Madras plague regulations in force outside the Presidency town - Volume 1
Disease focus: Plague
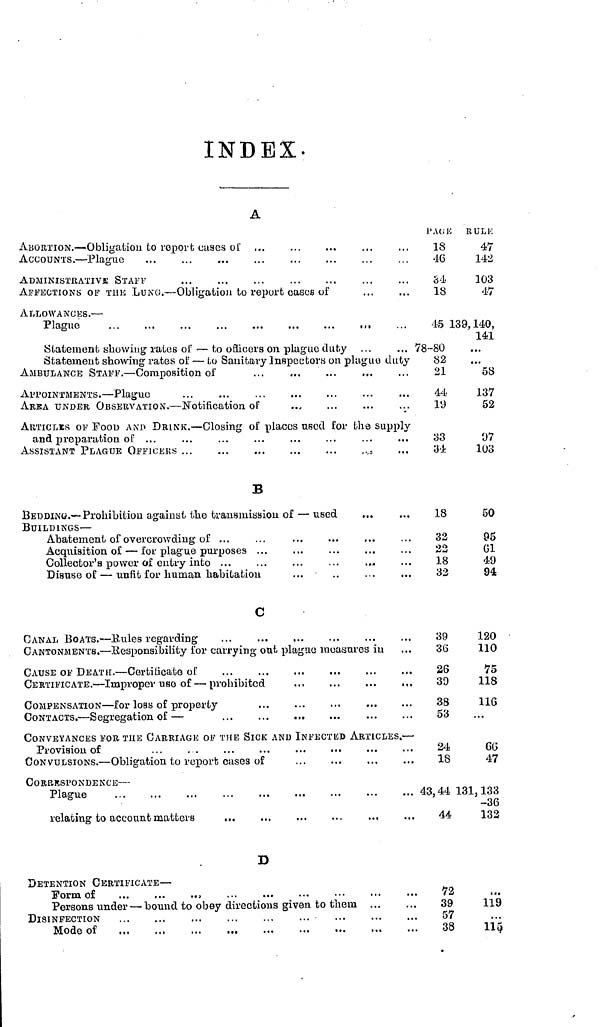
INDEX-
A
ABORTION. — Obligation Lo report cuses
of
,
ACCOUNTS. — Plague
ADMINISTRATIVE STAFF
AFFECTIONS OF ThE LUNG.— Obligation to report cases of
ALLOWANCES. —
Plague
...
...
...
...
...
...
...
,,,
Statement showing rates of — to officers on plague duty
Statement showing rates of' — to Sanitary Inspectors on plaguo duty
AMBULANCE STAFF. — Composition of
APPOINTMENTS. — Plague
AREA UNDER OBSERVATION. —Notification of
ARTICLES OF FooD AND DRINK. — Closing of places used for the supply
and preparation of ...
ASSISTANT PLAGUE
OFFICERS
.,,
PAGE
18
16
34
18
45 ]
78-80
82
21
44
19
33
34
R U L K
47
142
103
47
139, 140,
141
58
137
52
97
103
B
BEDDINÖ. — Prohibition against the transmission of — used
BUILDINGS —
Abatement of overcrowding of ...
Acquisition oí — for plague purposes ...
Collector's power of entry into ...
Disuse of — unfit for human habitation
...
..
. .
18
32
22
18
32
50
95
61
49
94
C
CANAL BOATS. — Bules regarding
CANTONMENTS. — Responsibility for carrying out plague measures in
CAUSE OF DEATH. — Certificate of
CERTIFICATE. — Improper use of — prohibited
COMPENSATION — for loss of property
CONTACTS. — Segregation of —
CONVEYANCES FOR THE CARRIAGE OF THE SICK AND INFECTED ARTICLES. —
Provision of
...
. .
...
...
...
CONVULSIONS. — Obligation to report cases of
CORRESPONDENCE —
Plague
relating to accoant matters
...
...
...
...
...
39
39
26
39
38
53
24
18
43, 44
44
120
110
75
118
116
66
47
131, 133
-36
133
D
DETENTION CERTIFICATE —
Form of
Persons under — bound to obey directions given to them
DISINFECTION
Mode of
72
39
57
38
119
115